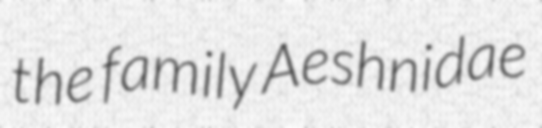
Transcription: the family Aeshnidae